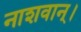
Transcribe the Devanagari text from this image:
नाशवान्।